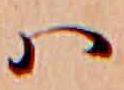
ハ